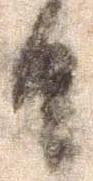
日